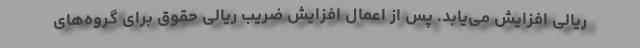
ریالی افزایش می‌یابد. پس از اعمال افزایش ضریب ریالی حقوق برای گروه‌های